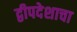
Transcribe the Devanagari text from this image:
द्वीपदेशाचा